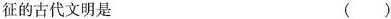
征的古代文明是 ()